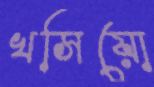
খসিয়ো